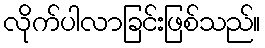
လိုက်ပါလာခြင်းဖြစ်သည်။